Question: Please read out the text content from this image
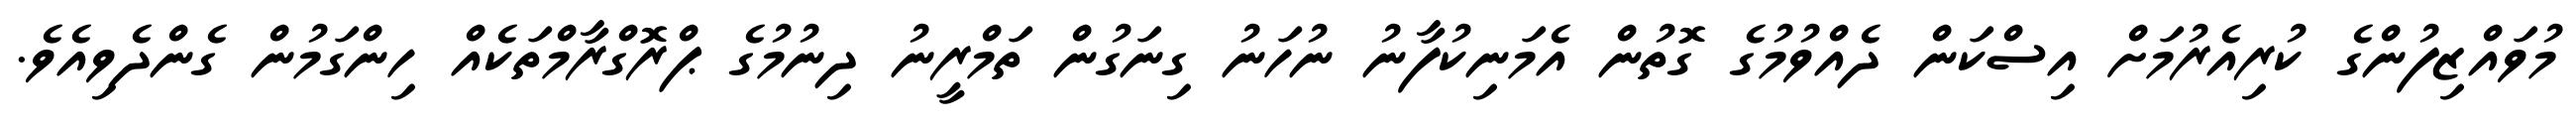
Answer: މުވައްޒިފުންގެ ކުރިއެރުމަށް އިސްކަން ދެއްވުމުގެ ގޮތުން އެމަނިކުފާނު ނުހަނު ގިނަގުން ތަމްރީނު ދިނުމުގެ ޕްރޮގްރާމްތަކެއް ހިންގަމުން ގެންދެވިއެވެ.